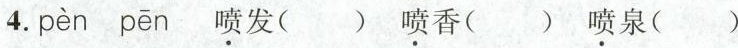
4. pèn pēn \underset{·}{喷}发( ) \underset{·}{喷}香( ) \underset{·}{喷}泉( )